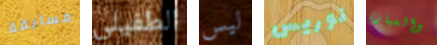
مسابقة الطفيلي ليس نوريس والسيارة